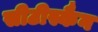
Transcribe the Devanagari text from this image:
सीटीस्कैन